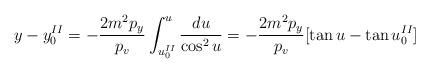
LaTeX: \begin{align*}y-y^{II}_{0}=-\frac{2m^{2}p_{y}}{p_{v}}\int ^{u}_{u^{II}_{0}} \frac{du}{\cos ^{2}u}= -\frac{2m^{2}p_{y}}{p_{v}}[\tan u -\tan u^{II}_{0}]\end{align*}